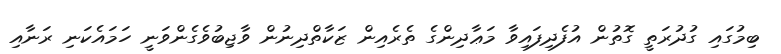
ބިމުގައި ގުދުރަތީ ގޮތުން އުފެދިފައިވާ މަޢާދިންގެ ތެރެއިން ޒަކާތްދިނުން ވާޖިބުވެގެންވަނީ ހަމައެކަނި ރަނާއި